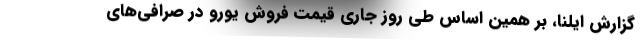
گزارش ایلنا، بر همین‌ اساس طی روز جاری قیمت فروش یورو در صرافی‌های